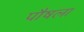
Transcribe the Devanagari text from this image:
पौषला